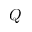
Q